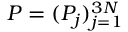
\ensuremath { \boldsymbol { P } } = ( P _ { j } ) _ { j = 1 } ^ { 3 N }